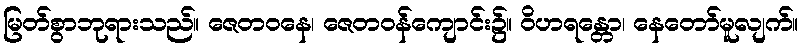
မြတ်စွာဘုရားသည်။ ဇေတဝနေ၊ ဇေတဝန်ကျောင်း၌။ ဝိဟရန္တော၊ နေတော်မူလျက်။